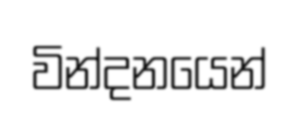
වින්දනයෙන්